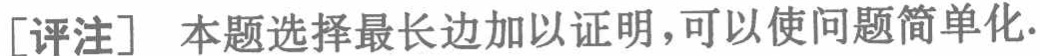
[评注] 本题选择最长边加以证明，可以使问题简单化.